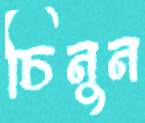
চিনুন